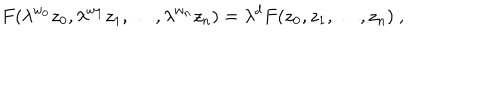
F ( \lambda ^ { w _ { 0 } } z _ { 0 } , \lambda ^ { w _ { 1 } } z _ { 1 } , \ldots , \lambda ^ { w _ { n } } z _ { n } ) = \lambda ^ { d } F ( z _ { 0 } , z _ { 1 } , \ldots , z _ { n } ) \ ,